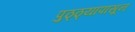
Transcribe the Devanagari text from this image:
पुठ्ठ्यापासून